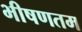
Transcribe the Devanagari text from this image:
भीषणतम